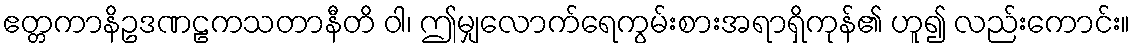
ဧတ္တကာနိဥဒဏဠကသတာနီတိ ဝါ၊ ဤမျှလောက်ရေကွမ်းစားအရာရှိကုန်၏ ဟူ၍ လည်းကောင်း။